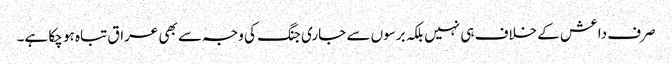
صرف داعش کے خلاف ہی نہیں بلکہ برسوں سے جاری جنگ کی وجہ سے بھی عراق تباہ ہو چکا ہے۔